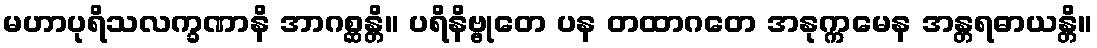
မဟာပုရိသလက္ခဏာနိ အာဂစ္ဆန္တိ။ ပရိနိဗ္ဗုတေ ပန တထာဂတေ အနုက္ကမေန အန္တရဓာယန္တိ။